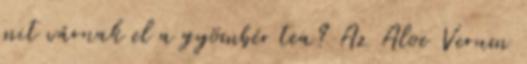
mit várnak el a gyömbér tea? Az Aloe Verum